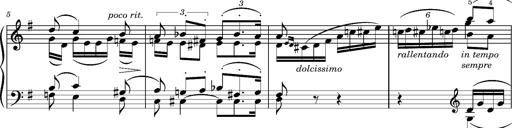
Title: Album-Leaf "Andante religioso"
Composer: Franz Liszt
Key: G major